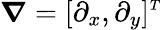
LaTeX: \boldsymbol{\nabla}=[\partial_{x},\partial_{y}]^{\scriptscriptstyle T}